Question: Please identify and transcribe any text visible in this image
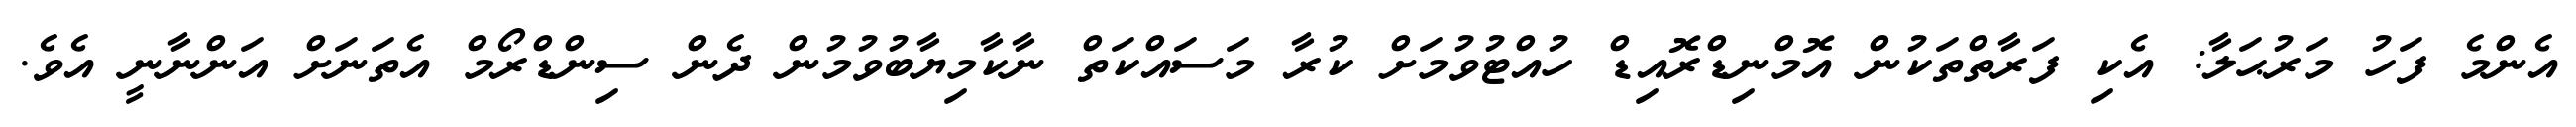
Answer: އެންމެ ފަހު މަރުޙަލާ: އެކި ފަރާތްތަކުން އޮމްނިޑްރޮއިޑް ހުއްޓުވުމަށް ކުރާ މަސައްކަތް ނާކާމިޔާބުވުމުން ދެން ސިންޑްރޯމް އެތަނަށް އަންނާނީ އެވެ.